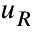
u _ { R }